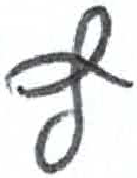
אות: ף